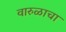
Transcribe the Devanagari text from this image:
वारुळाचा